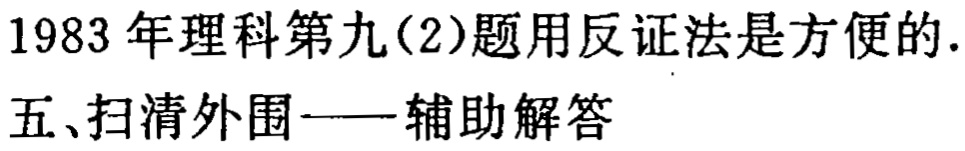
1983 年理科第九(2)题用反证法是方便的.
五、扫清外围——辅助解答